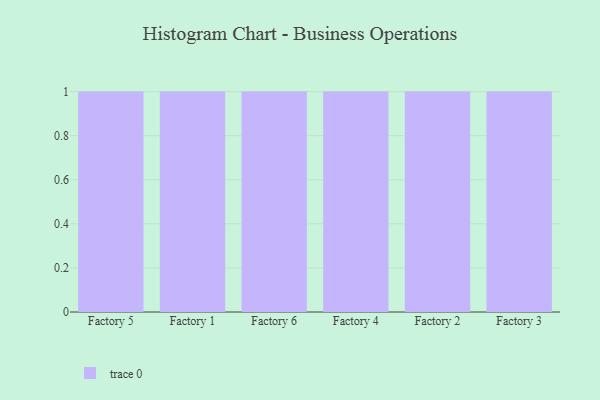
{"axis": {"x": "Factory", "y": "Churn Rate (%)"}, "legend": [""], "data": [{"x": "Factory 5", "y": 29, "type": ""}, {"x": "Factory 1", "y": 35, "type": ""}, {"x": "Factory 6", "y": 38, "type": ""}, {"x": "Factory 4", "y": 68, "type": ""}, {"x": "Factory 2", "y": 57, "type": ""}, {"x": "Factory 3", "y": 68, "type": ""}]}